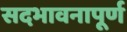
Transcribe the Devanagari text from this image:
सदभावनापूर्ण